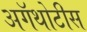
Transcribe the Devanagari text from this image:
अगॅथोटीस